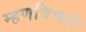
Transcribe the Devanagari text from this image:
म्हणविणारे